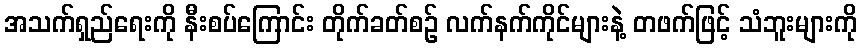
အသက်ရှည်ရေးကို နီးစပ်ကြောင်း တိုက်ခတ်စဉ် လက်နက်ကိုင်များနဲ့ တဖက်ဖြင့် သံဘူးများကို